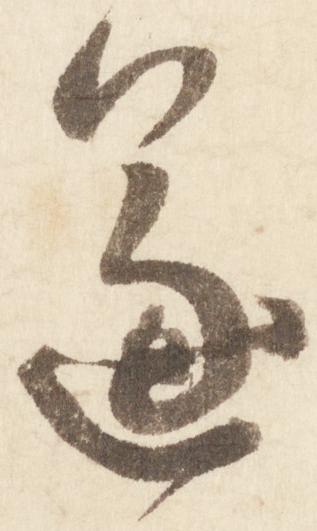
遂